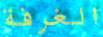
الغرفة